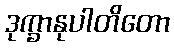
ဒုက္ခာနုပါတိတော